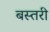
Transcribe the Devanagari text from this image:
बस्तरी